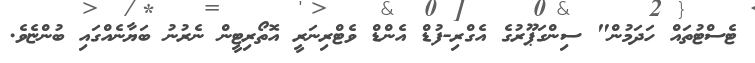
ޓެސްޓުތައް ހަދަމުން" ސިންގަޕޫރުގެ އެގްރި-ފުޑް އެންޑް ވެޓްރިނަރީ އޮތޯރިޓީން ނެރުނު ބަޔާނެއްގައި ބުންޏެވެ.